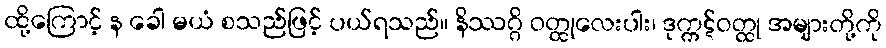
ထို့ကြောင့် န ခေါ မယံ စသည်ဖြင့် ပယ်ရသည်။ နိဿဂ္ဂိ ဝတ္ထုလေးပါး၊ ဒုက္ကဋ်ဝတ္ထု အများတို့ကို